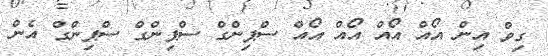
ގިވް އިން އޯއް އޯއް އޯއް އޯއް ސްޕިންގް ސްޕިންގް ސްޕިންގް އެން